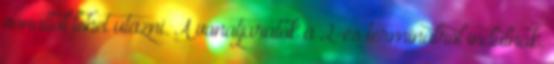
vonattal lehet utazni. A vonatjáratok a 2-es terminálról indulnak.